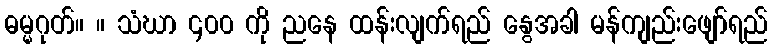
ဓမ္မဂုတ်။ ။ သံဃာ ၄၀၀ ကို ညနေ ထန်းလျက်ရည် နွေအခါ မန်ကျည်းဖျော်ရည်